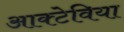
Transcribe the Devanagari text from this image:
आक्टेविया